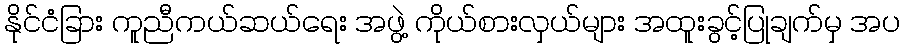
နိုင်ငံခြား ကူညီကယ်ဆယ်ရေး အဖွဲ့ ကိုယ်စားလှယ်များ အထူးခွင့်ပြုချက်မှ အပ